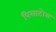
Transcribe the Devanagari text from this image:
पिलाटोस